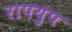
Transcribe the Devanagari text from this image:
रापयुप